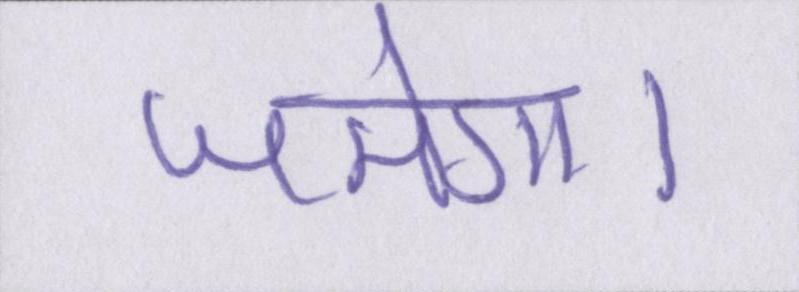
जमेगा।